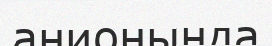
анионында